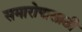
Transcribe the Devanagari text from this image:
समारोपासाठी